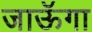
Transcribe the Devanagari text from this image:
जाऊॅगा